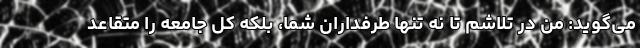
می‌گوید: من در تلاشم تا نه تنها طرفداران شما، بلکه کل جامعه را متقاعد